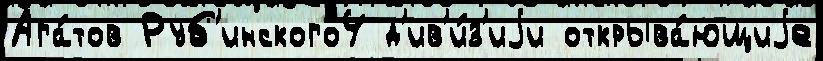
Ага́тов Руб'инского4 д'ив'и́з'иjи открыва́ющиjе